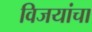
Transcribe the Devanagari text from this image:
विजयांचा